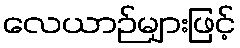
လေယာဉ်များဖြင့်